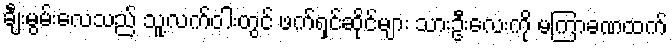
ချီးမွမ်းလေသည် သူ့လက်ဝါးတွင် ဖက်ရှင်ဆိုင်များ သားဦးလေးကို မကြာခဏထက်